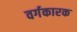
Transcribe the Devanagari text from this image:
वर्गकारक